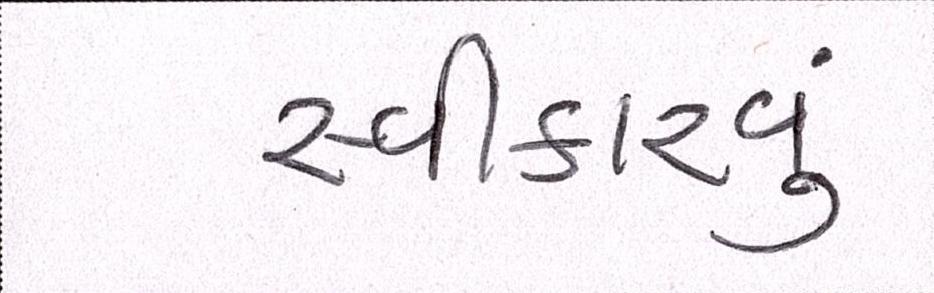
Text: સ્વીકારવું